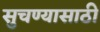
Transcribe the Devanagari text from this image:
सुचण्यासाठी